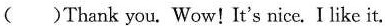
( )Thank you.Wow！It's nice. I like it.